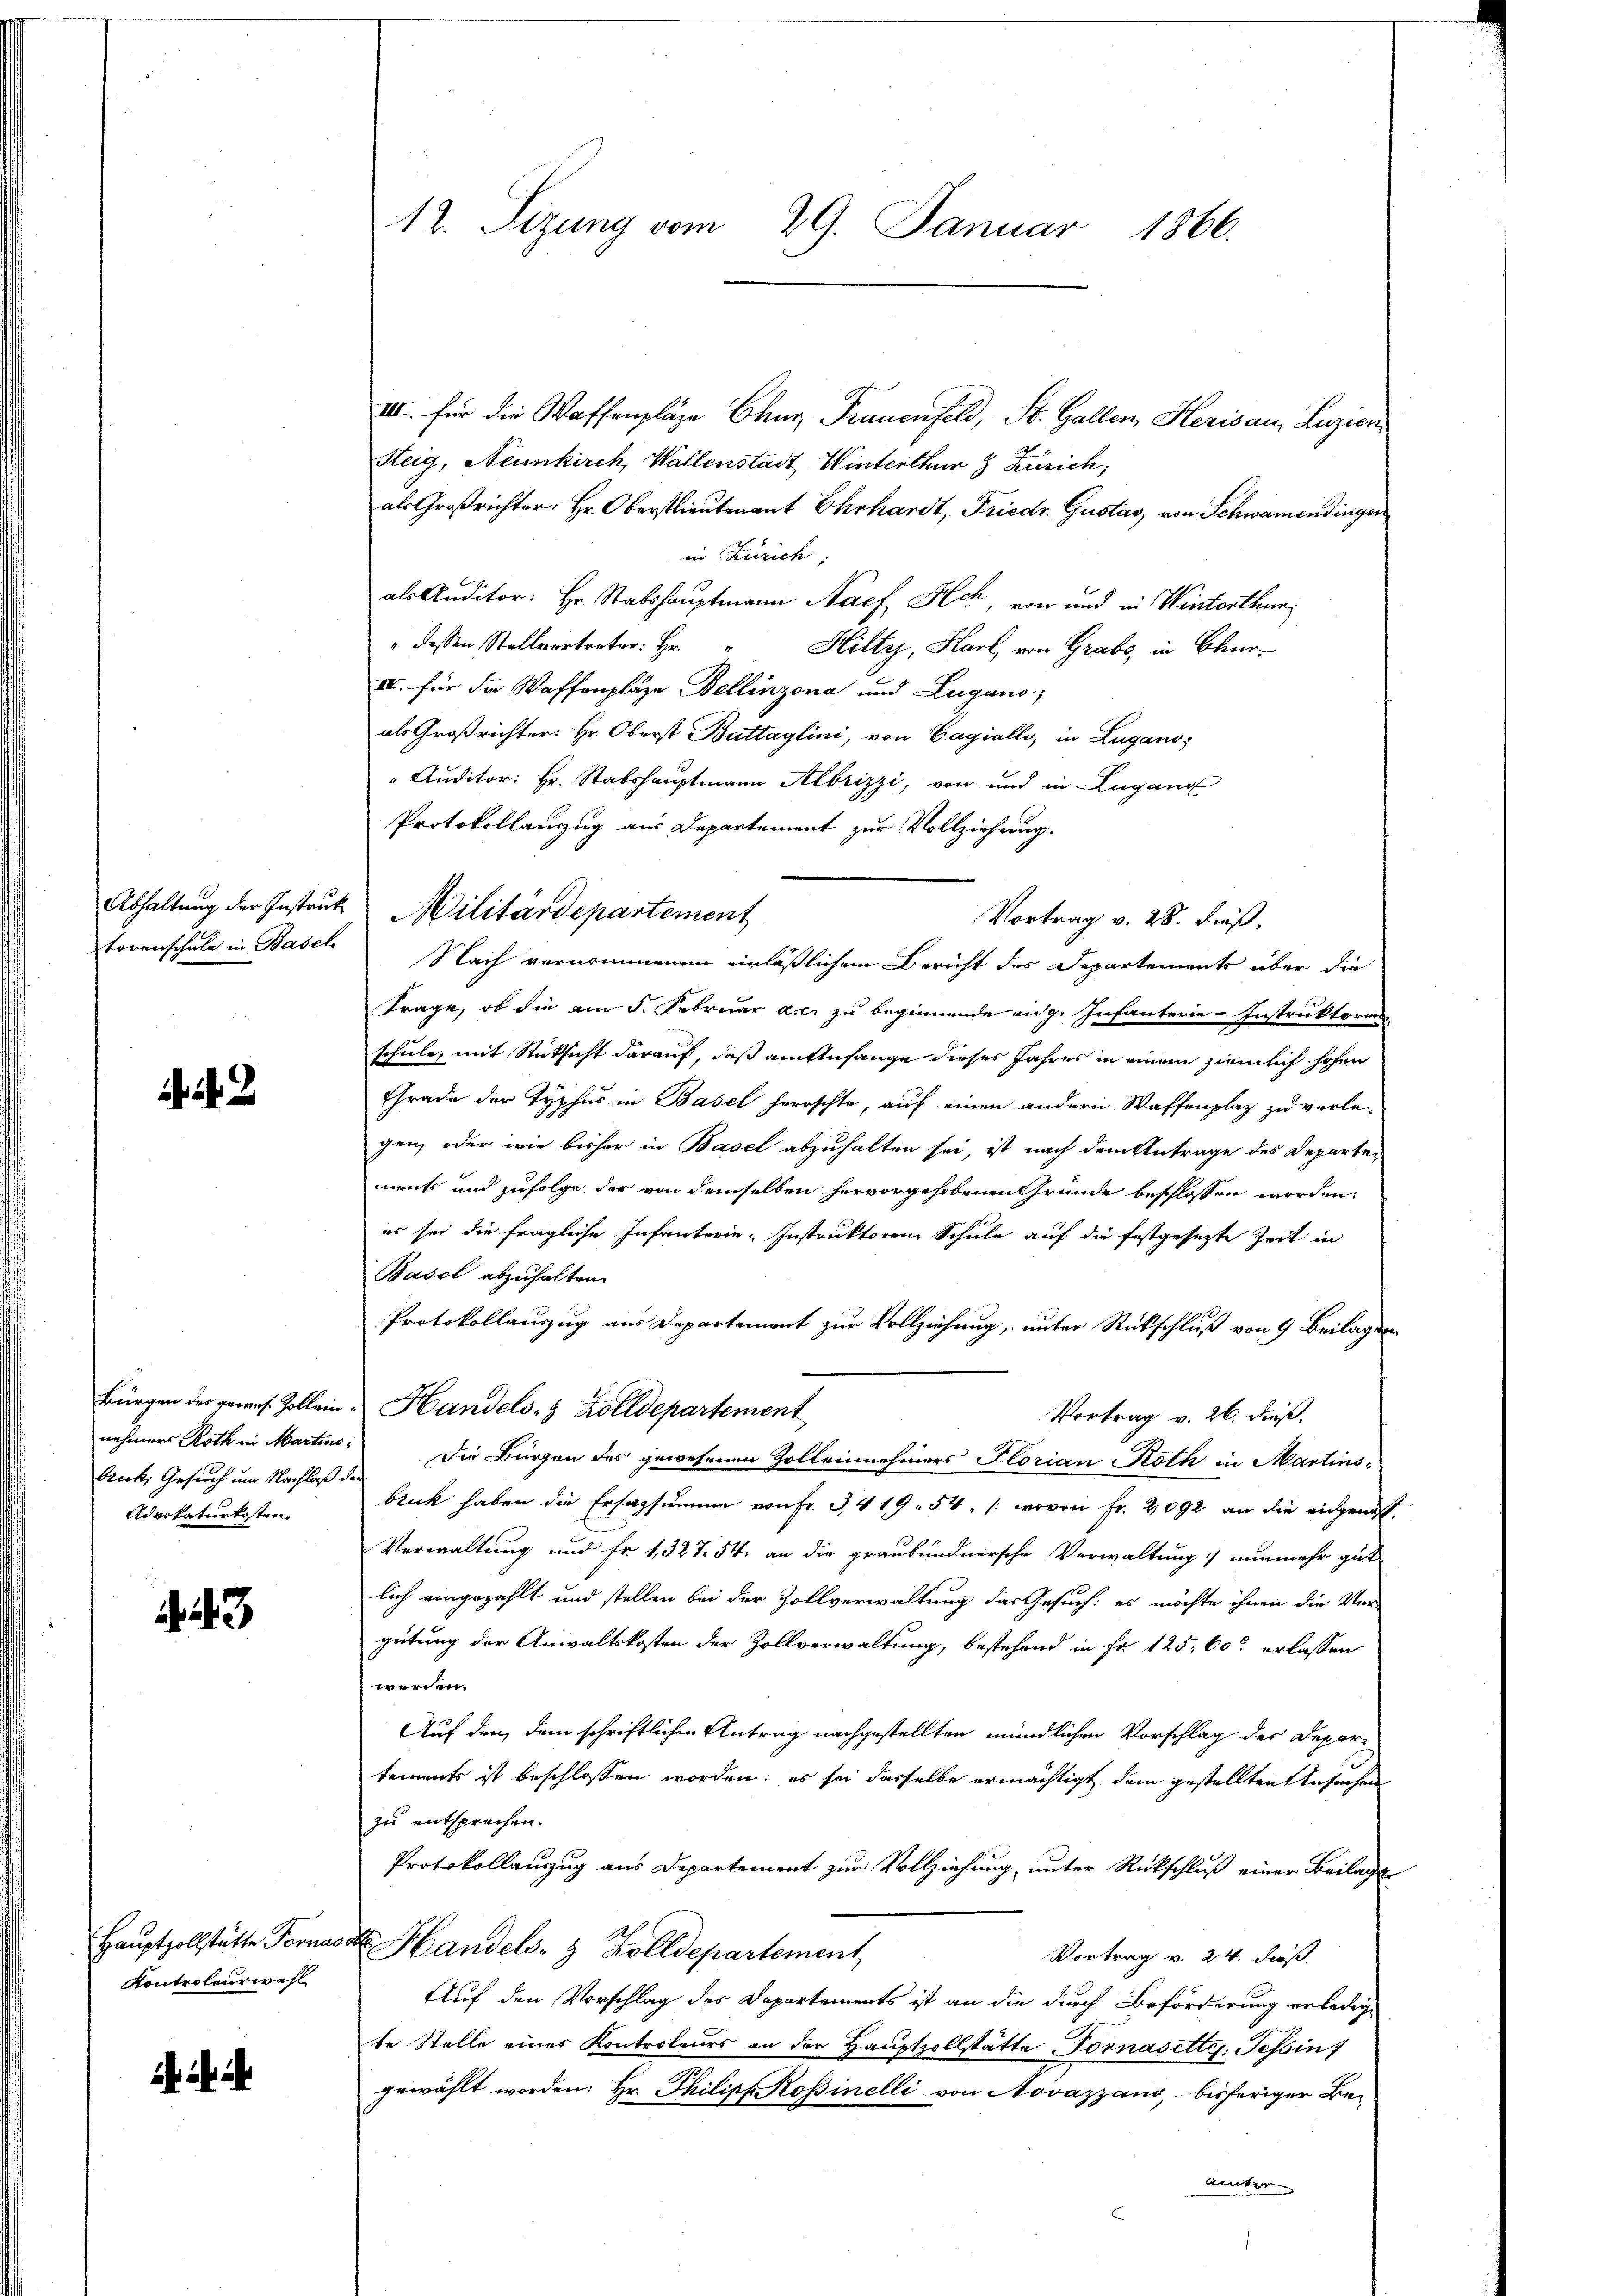
torenschule in Basel

2

bruck, Gesuch um Nachlaß der
Advokaturkosten.

43

Hauptzollstätte Fornac
Kontroleurwahl

12. Sizung vom 29. Januar 1866.

III. für die Waffenpläze Chur, Trauenfeld, St. Gallen, Herisau, Luzion
Steig, Neunkirch, Wallenstadt Winterthur & Zürich,
als Großrichter, Hr. Oberstlieutenant Ehrhardt, Friedr. Gustav von Schwamendinger
in Zürich.
als Auditor: Hr. Stabshauptmann Nach Ach, von und in Winterthur
" dessen Stellvertreter: Hr. Hilty, Karl, von Grabs, in Chur¬
IV. für die Waffenplaze Bellinzona und Lugano,
als Großrichter: Hr. Oberst Battaglini, von Cagially in Lugano,
Auditor: Hr. Stabshauptmann Albrizzi, von und in Lugang
Protokollauszug aus Departement zur Vollziehung.
Nach vernommenen einläßlichem Bericht des Departements über die
Frage, ob die am 5. Februar a.c. zu beginnende eidge Infanterie-Instruktoren
schule, mit Rücksicht darauf, daß am Anfange dieses Jahres in einem ziemlich hohen
Grade der Typhus in Basel herrschte, auf einen andern Waffenplaz zu verlegen, oder wie bisher in Basel abzuhalten sei, ist nach dem Antrage des Departements und zufolge der von demselben hervorgehobenen Gründe beschlossen worden.
es sei die fragliche Infanterie-Instruktoren Schule auf die festgesetzte Zeit in
Basel abzuhalten.
Protokollauszug aus Departement zur Vollziehung, unter Rückschluß von 9 Beilagen
Bürgen der gewes. Zollein Handels- & Zolldepartement
Vortrag v. 26. Fuß.
nehmers Roth in Martine: Die Bürgen des gewesenen Zolleinehmers Florian Roth in Martins
bruck haben die Ersazsumme von Fr. 3, 419. 54, /: wovon Fr. 2092 an die eingenes.
Verwaltung und Fr. 1, 327. 54. an die graubündnersche Verwaltung nunmehr gut
lich eingezahlt und stellen bei der Zollverwaltung das Gesuch: es möchte ihnen die Vergütung der Anwaltskosten der Zollverwaltung, bestehend in Fr. 125, 60 erlassen
werden.
Auf den dem schriftlichen Antrag nachgestellten mündlichen Vorschlag der Depar
tements ist beschlossen worden; es sei dasselbe ermächtigt dem gestellten Ansuchen
zu entsprechen.
Protokollauszug aus Departement zur Vollziehung unter Rückschluß einer Beilage
d
Handels- & Zolldepartement
Vortrag v. 24. dieß.
Auf den Vorschlag des Departements ist an die durch Beförderung erledigt
te Stelle eines Kontroleurs an der Hauptzollstätte Fornasette. Tessin
gewählt worden. Hr. Philipp Rossinelli von Novazzano, bisheriger Be¬
Unter
E

Abhaltung der Instrut Militärdepartement
Vortrag v. 28. dieß,